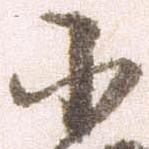
小